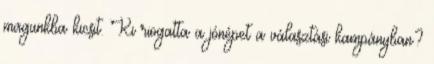
magunkba kicsit. Ki riogatta a jónépet a választási kampányban?